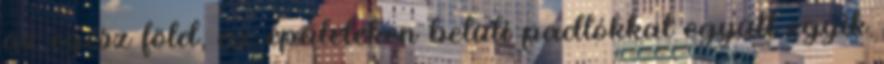
az egész föld, az épületeken belüli padlókkal együtt egyik